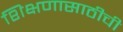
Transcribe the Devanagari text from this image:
शिक्षणासाठीची